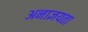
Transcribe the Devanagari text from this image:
अनाज्ञयता